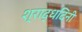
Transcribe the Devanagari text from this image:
श्राद्धदिनी